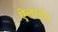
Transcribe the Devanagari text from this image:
ऐलाइंग